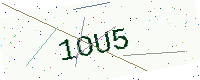
Text: 1OU5